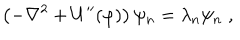
\left( - \nabla ^ { 2 } + U ^ { \prime \prime } ( \varphi ) \right) \psi _ { n } = \lambda _ { n } \psi _ { n } \; ,